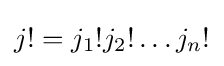
j!=j_{1}!j_{2}!\ldots j_{n}!